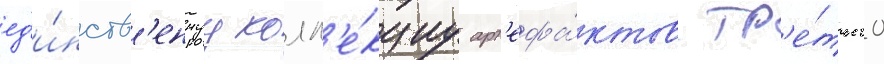
ед'и́нств'еннуу колл'е́кциу арт'ефа́ктов тр'е́тьего